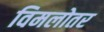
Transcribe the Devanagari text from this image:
विमलोतर